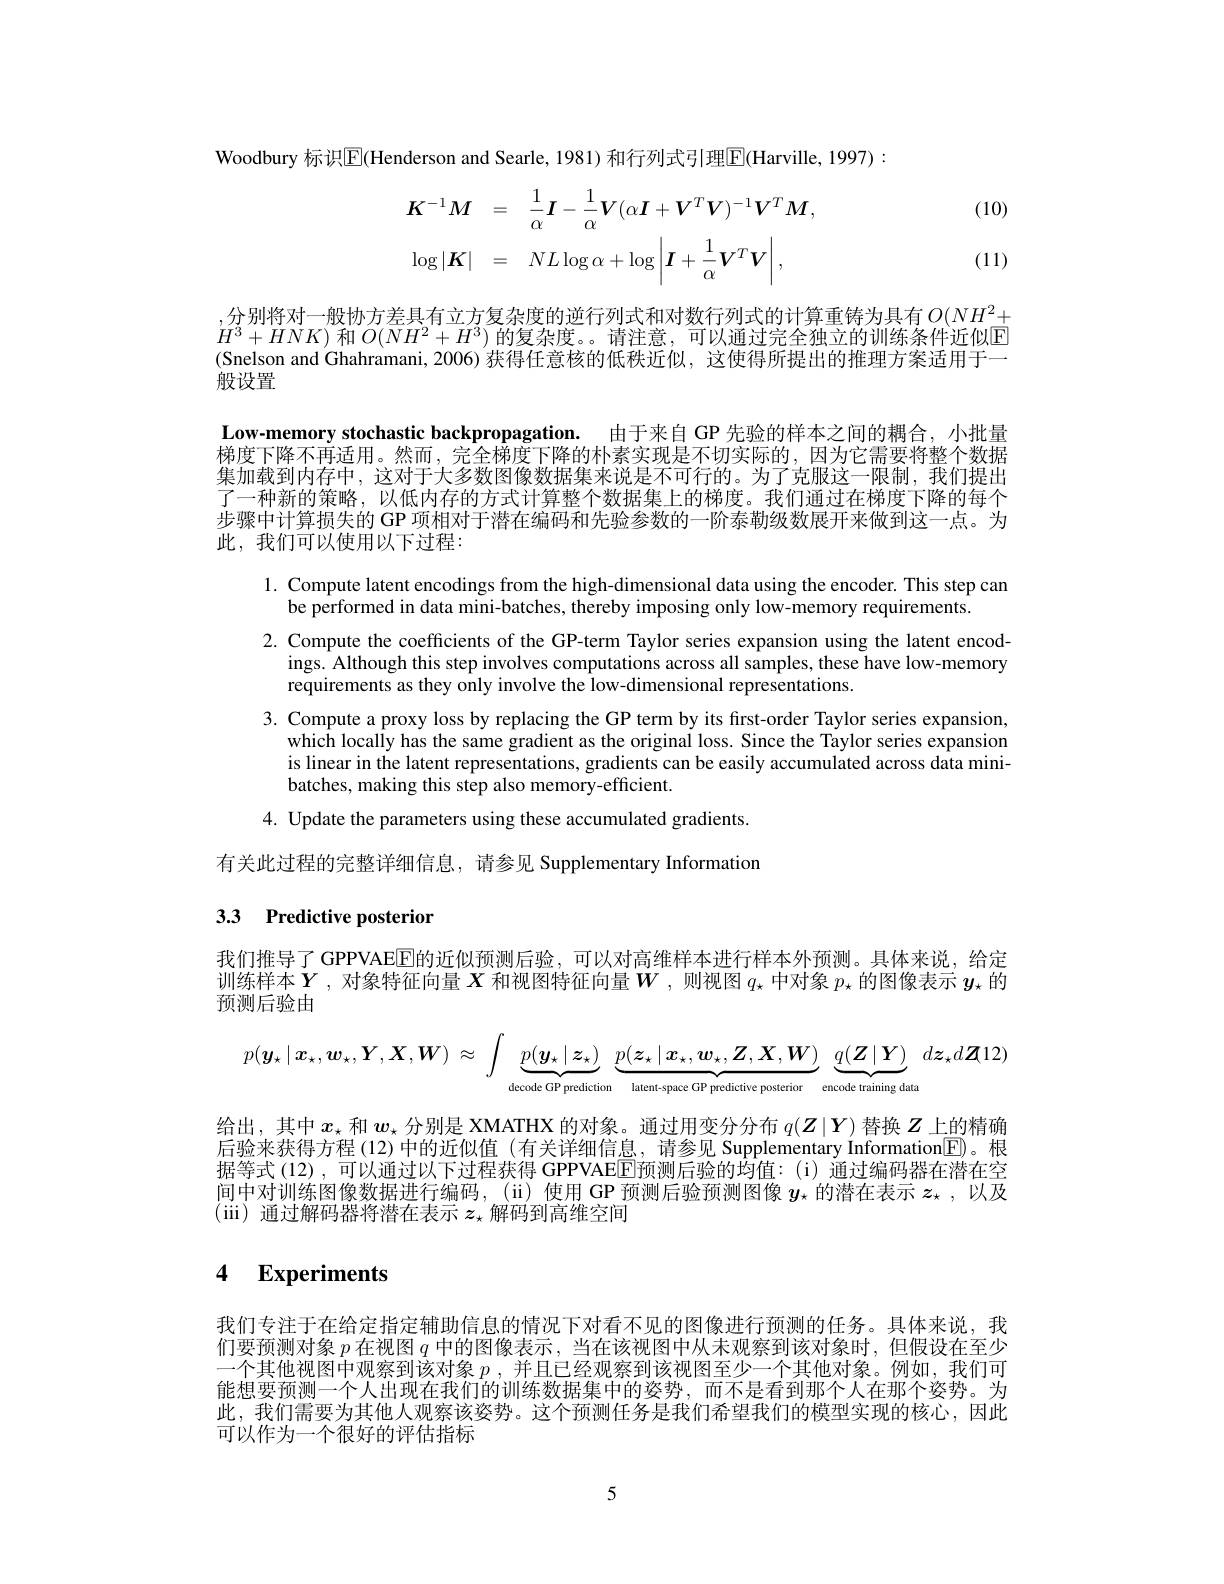
Woodbury 标识$\boxed{\mathrm{E}}($Henderson and Searle, 1981) 和行列式引理$\boxed{\mathrm{F}}($Harville, 1997):

(10)
$$K^{-1}M=\quad\frac{1}{\alpha}I-\frac{1}{\alpha}V(\alpha\boldsymbol{I}+\boldsymbol{V}^{T}\boldsymbol{V})^{-1}\boldsymbol{V}^{T}\boldsymbol{M},\\\log|\boldsymbol{K}|=\quad NL\log\alpha+\log\left|\boldsymbol{I}+\frac{1}{\alpha}\boldsymbol{V}^{T}\boldsymbol{V}\right|,$$
(11)

,分别将对一般协方差具有立方复杂度的逆行列式和对数行列式的计算重铸为具有$O(NH^2+$ $H^{3}+HNK)$ 和$O(NH^{2}+H^{3})$ 的复杂度。。请注意，可以通过完全独立的训练条件近似$\overline{\mathrm{E}}$ (Snelson and Ghahramani, 2006) 获得任意核的低秩近似，这使得所提出的推理方案适用于一般设置

Low-memory stochastic backpropagation. 由于来自 GP 先验的样本之间的耦合，小批量梯度下降不再适用。然而，完全梯度下降的朴素实现是不切实际的，因为它需要将整个数据集加载到内存中，这对于大多数图像数据集来说是不可行的。为了克服这一限制，我们提出了一种新的策略，以低内存的方式计算整个数据集上的梯度。我们通过在梯度下降的每个步骤中计算损失的 GP 项相对于潜在编码和先验参数的一阶泰勒级数展开来做到这一点。为此，我们可以使用以下过程：

1. Compute latent encodings from the high-dimensional data using the encoder. This step can
be performed in data mini-batches, thereby imposing only low-memory requirements.
2. Compute the coefficients of the GP-term Taylor series expansion using the latent encod-
ings. Although this step involves computations across all samples, these have low-memory
requirements as they only involve the low-dimensional representations.
3. Compute a proxy loss by replacing the GP term by its first-order Taylor series expansion
which locally has the same gradient as the original loss. Since the Taylor series expansion is linear in the latent representations, gradients can be easily accumulated across data minibatches, making this step also memory-efficient.
4. Update the parameters using these accumulated gradients.

有关此过程的完整详细信息，请参见 Supplementary Information

# 3.3 Predictive posterior

我们推导了GPPVAE$\overline{\mathrm{E}}$E的近似预测后验，可以对高维样本进行样本外预测。具体来说，给定训练样本$Y$ ,对象特征向量$X$和视图特征向量$W$ ,则视图$q_\star$中对象$p_\star$的图像表示$y_\star$的预测后验由
$$p(\boldsymbol{y}_{\star}\mid\boldsymbol{x}_{\star},\boldsymbol{w}_{\star},\boldsymbol{Y},\boldsymbol{X},\boldsymbol{W})\:\approx\:\int\underbrace{p(\boldsymbol{y}_{\star}\mid\boldsymbol{z}_{\star})}_{\text{decode GP predicion}}\underbrace{p(\boldsymbol{z}_{\star}\mid\boldsymbol{x}_{\star},\boldsymbol{w}_{\star},\boldsymbol{Z},\boldsymbol{X},\boldsymbol{W})}_{\text{latent-spuce GP predictive posterior}}\:\underbrace{q(\boldsymbol{Z}\mid\boldsymbol{Y})}_{\text{cencode training data}}\:d\boldsymbol{z}_{\star}d\boldsymbol{Z}12)$$
给出，其中$x_\star$和$w_\star$分别是 XMATHX 的对象。通过用变分分布$q(Z|Y)$替换$Z$上的精确后验来获得方程(12)中的近似值(有关详细信息，请参见 Supplementary Information[E)。根据等式 (12),可以通过以下过程获得 GPPVAEEE预测后验的均值：(i) 通过编码器在潜在空间中对训练图像数据进行编码，(ii)使用GP预测后验预测图像$y_{\star}$的潜在表示$z_{\star}$ ,以及(iii) 通过解码器将潜在表示$z_\star$解码到高维空间

## 4 Experiments

我们专注于在给定指定辅助信息的情况下对看不见的图像进行预测的任务。具体来说，我们要预测对象$p$在视图$q$中的图像表示，当在该视图中从未观察到该对象时，但假设在至少一个其他视图中观察到该对象$p$ , 并且已经观察到该视图至少一个其他对象。例如，我们可能想要预测一个人出现在我们的训练数据集中的姿势，而不是看到那个人在那个姿势。为此，我们需要为其他人观察该姿势。这个预测任务是我们希望我们的模型实现的核心，因此可以作为一个很好的评估指标

5